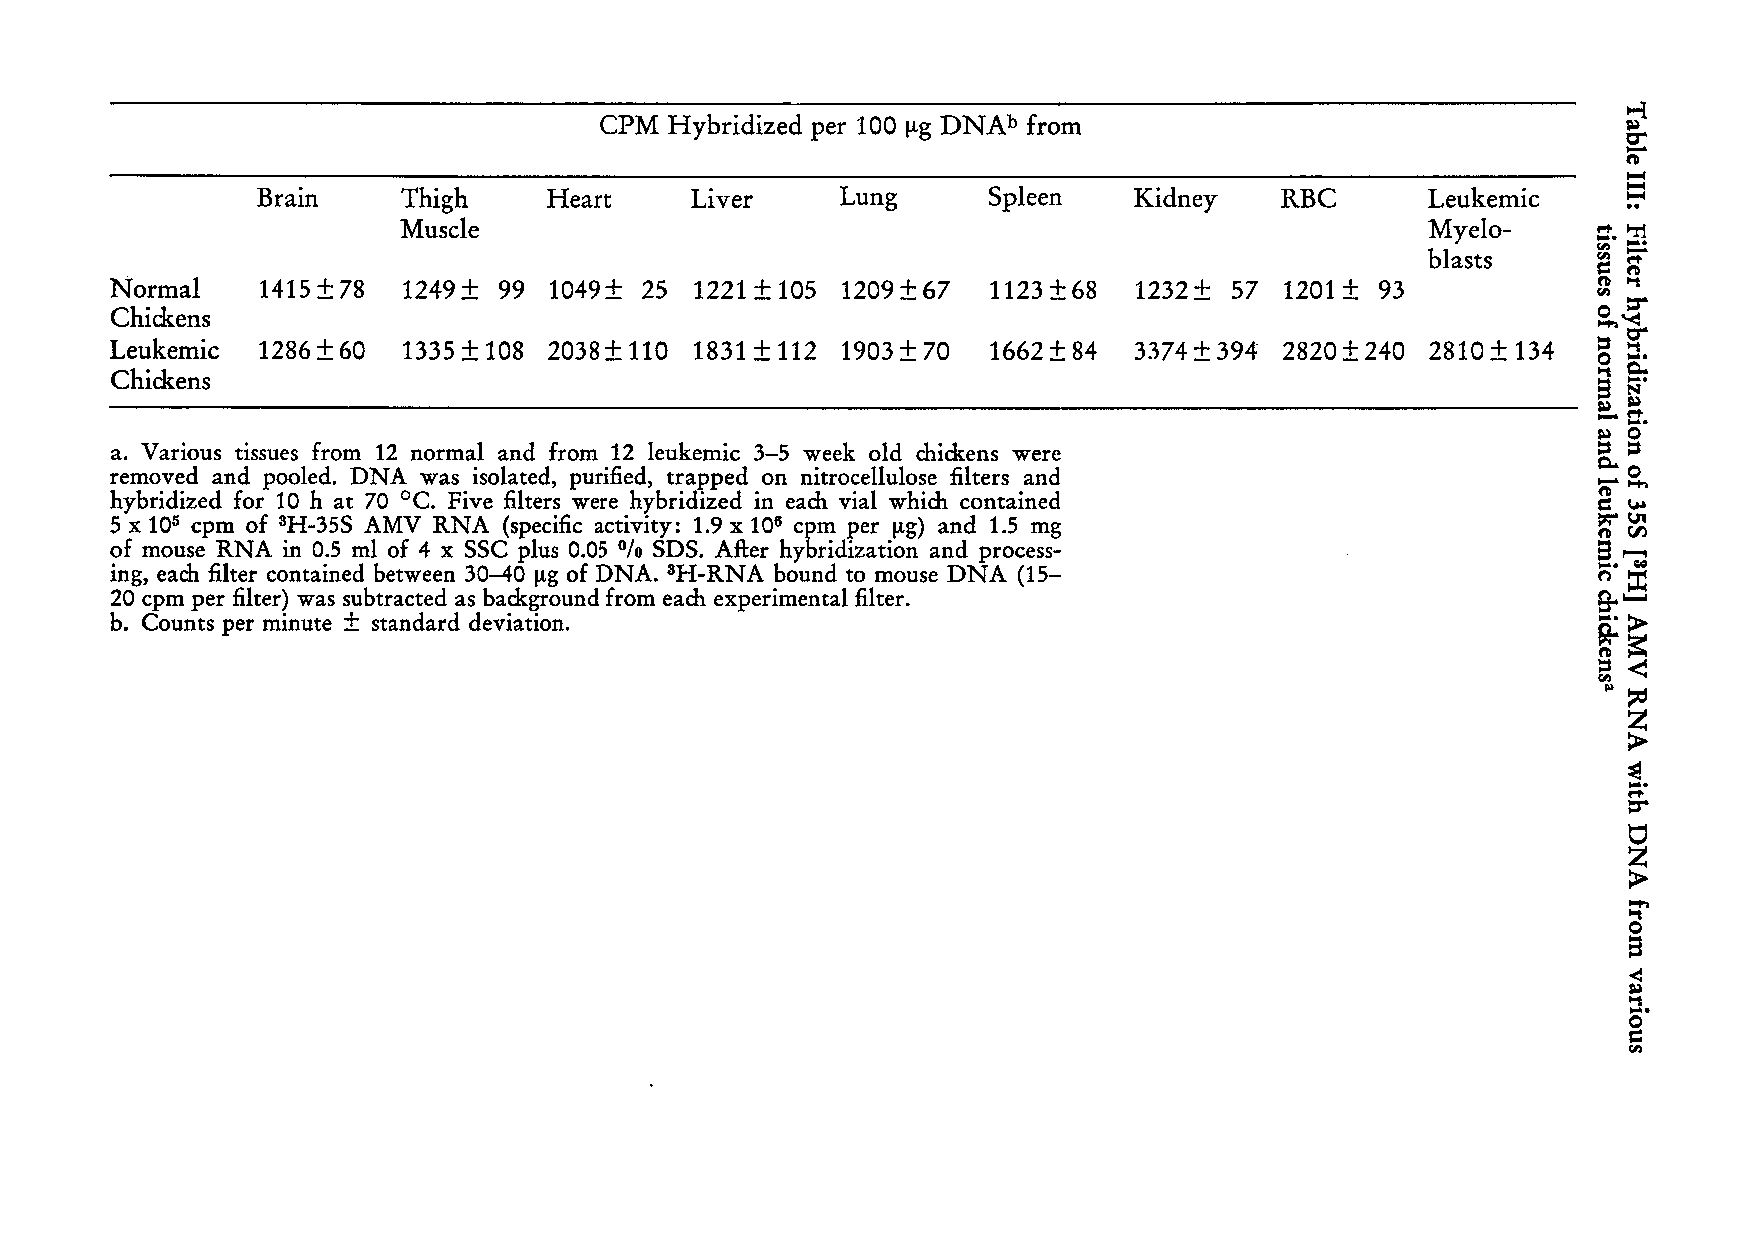
t-3:
 -
 CPM Hybridized per 100 ~g DNAb from                                --~
 C'"
 -n
 ..
 Brain     Thigh    Heart     Liver     Lung     Spleen    Kidney    RBC      Leukemic
 Muscle                                                              Myelo-
 bl asts
 Normal    1415±78   1249+ 99 1049+ 25  1221 + 105 1209± 67 1123 ± 68 1232± 57 1201 ± 93
 Chickens
 Leukemic  1286 + 60 1335 + 108 2038 + 110 1831 + 112 1903 ± 70 1662 ± 84 3374+ 394 2820±240 2810 + 134
 Chickens
 a. Various tissues from 12 normal and from 12 leukemic 3-5 week old chickens were
 removed and pooled. DNA was isolated, purified, trapped on nitrocellulose filters and
 hybridized for 10 h at 70°C. Five filters were hybridized in each vial which contained
 5 x 105 cpm of 3H-35S AMV RNA (specific activity: 1.9 x 106 cpm per ~g) and 1.5 mg
 of mouse RNA in 0.5 ml of 4 x SSC plus 0.05 SDS. After hybridization and process
 %
 ing, each filter contained between 30-40 ~g of DNA. 3H-RNA bound to mouse DNA (15-
 20 cpm per filter) was subtracted as background from each experimental filter.
 b. Counts per minute ± standard deviation.
 ....
 ..,
 o
 a
 -<
 ..,
 ....
 ~
 o
 =
 CI)